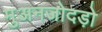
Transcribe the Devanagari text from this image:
मुअनजोदड़ो